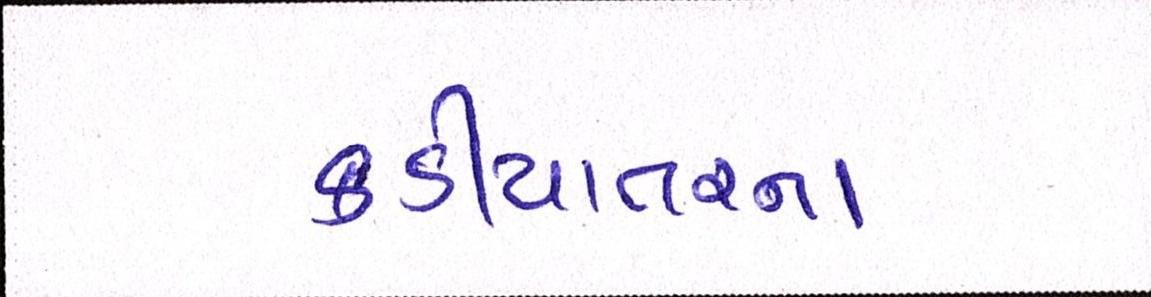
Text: કડીયાતરના